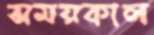
সময়কাল